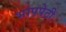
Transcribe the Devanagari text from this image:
भापपेटी